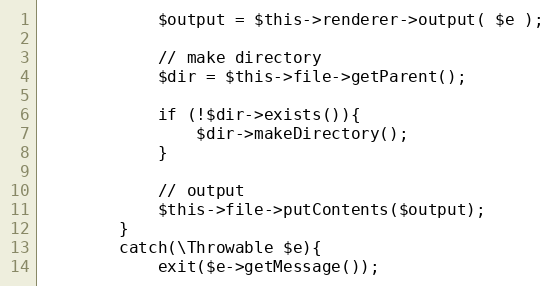
Language: PHP
            $output = $this->renderer->output( $e );

            // make directory
            $dir = $this->file->getParent();

            if (!$dir->exists()){
                $dir->makeDirectory();
            }

            // output
            $this->file->putContents($output);
        }
        catch(\Throwable $e){
            exit($e->getMessage());